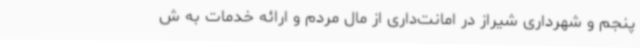
پنجم و شهرداری شیراز در امانت‌داری از مال مردم و ارائه خدمات به ش